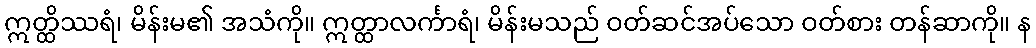
ဣတ္ထိဿရံ၊ မိန်းမ၏ အသံကို။ ဣတ္ထာလင်္ကာရံ၊ မိန်းမသည် ဝတ်ဆင်အပ်သော ဝတ်စား တန်ဆာကို။ န